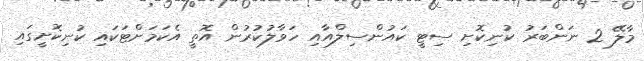
މާލޭ 2 ނަންބަރު ކުނިކޮށި ސިޓީ ކައުންސިލްއާއި ހަވާލުކުރުން އޮތީ އެކަމަށްޓަކައި ކުނިކޮށީގައި